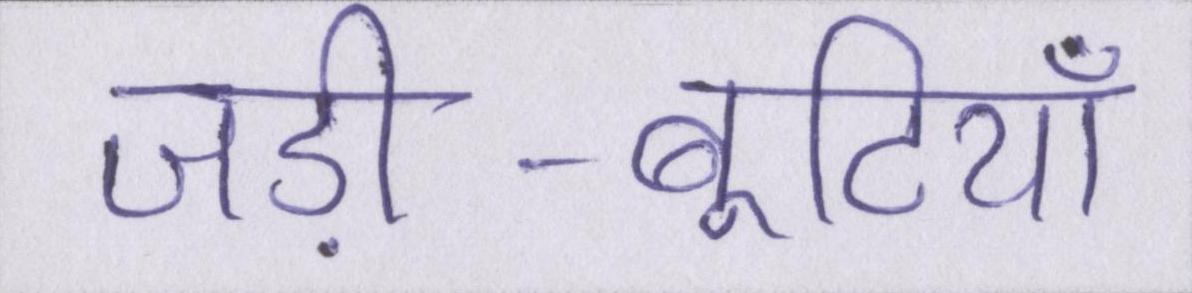
जड़ी-बूटियाँ